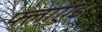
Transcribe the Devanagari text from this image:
फ्लाएड